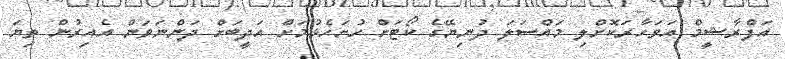
އަފްރާޝީމް އަވަހާރަކޮށްލި މައްސަލަ ދުނިޔޭގެ ކޯޓަށް ހުށަހެޅުމަށް އަދީބަށް ދަންނަވަން އެއިރުން ތިޔަ